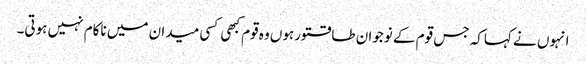
انہوں نے کہاکہ جس قوم کے نوجوان طاقتورہوں وہ قوم کبھی کسی میدان میں ناکام نہیں ہوتی۔